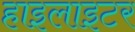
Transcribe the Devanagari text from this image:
हाइलाइटर